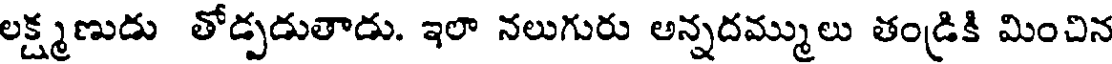
లక్ష్మణుడు తోడ్పడుతాడు. ఇలా నలుగురు అన్నదమ్ములు తండ్రికి మించిన